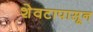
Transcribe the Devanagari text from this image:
शेवटापासून